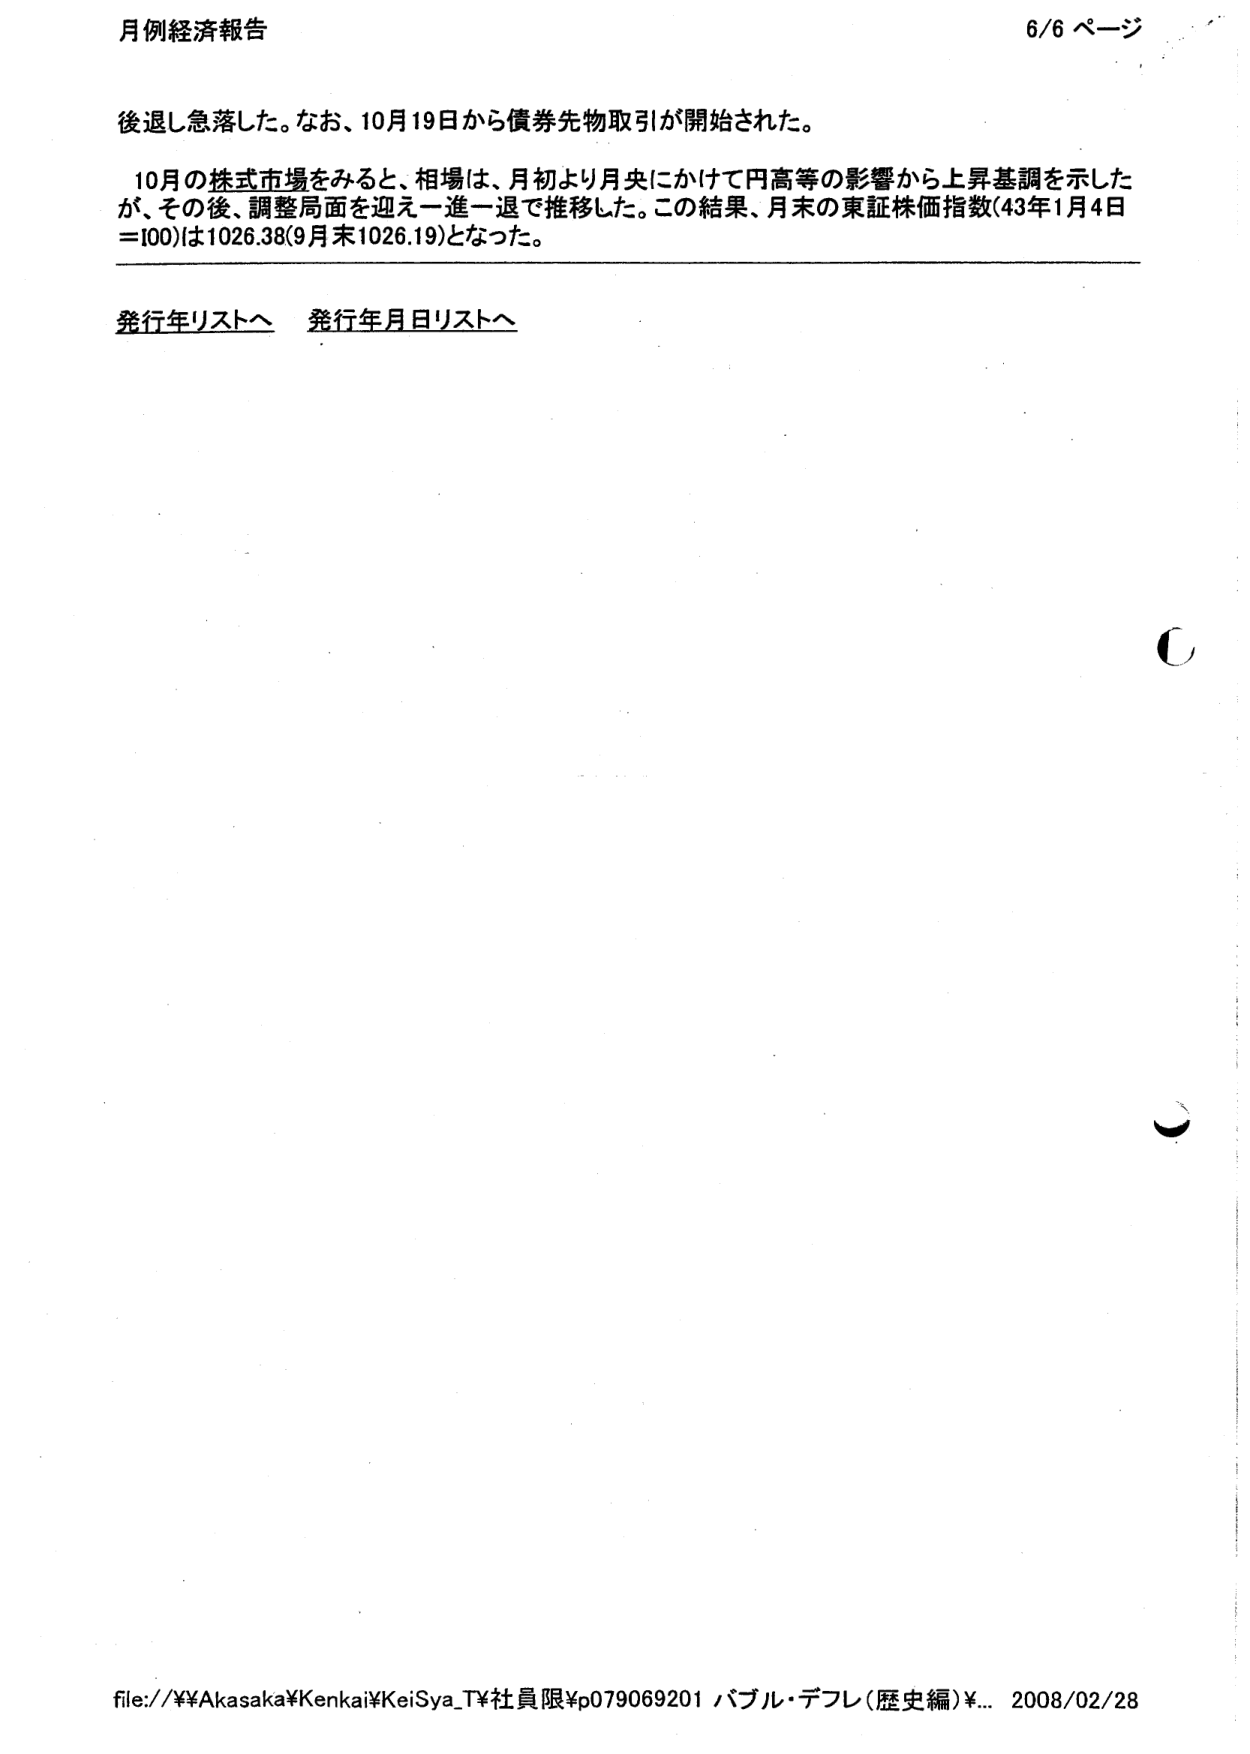
月例経済報告 6/6 ページ

後退し急落した。なお、10月19日から債券先物取引が開始された。

10月の株式市場をみると、相場は、月初より月央にかけて円高等の影響から上昇基調を示したが、その後、調整局面を迎え一進一退で推移した。この結果、月末の東証株価指数(43年1月4日=100)は1026.38(9月末1026.19)となった。

発行年リストへ 発行年月日リストへ

file://¥¥Akasaka¥Kenkai¥KeiSyu_T¥社員限¥p079069201 バブル・デフレ(歴史編)¥... 2008/02/28